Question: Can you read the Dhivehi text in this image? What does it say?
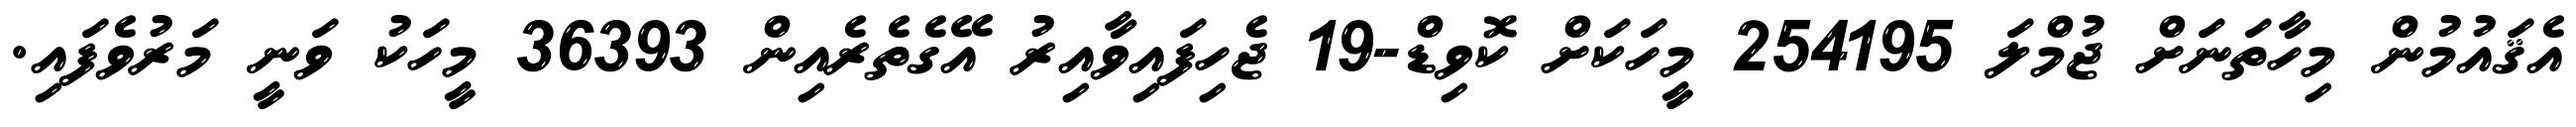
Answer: އެޤައުމުން މިހާތަނަށް ޖުމްލަ 254195 މީހަކަށް ކޮވިޑް-19 ޖެހިފައިވާއިރު އޭގެތެރެއިން 36393 މީހަކު ވަނީ މަރުވެފައި.